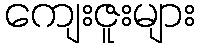
ကျေးဇူးများ